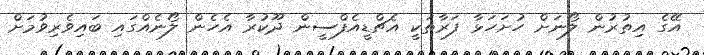
އޭގެ އިތުރުން ލޯނަށް ހުށަހަޅާ ފަރާތަކީ އެޗްޑީއެފްސީން ދޫކުރާ އެހެން ލޯނެއްގައި ބައިވެރިވުމަށް